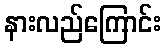
နားလည်ကြောင်း